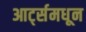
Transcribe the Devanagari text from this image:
आर्ट्समधून